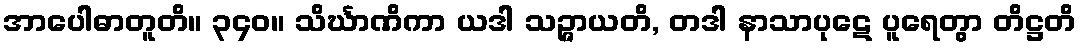
အာပေါဓာတူတိ။ ၃၄၀။ သိင်္ဃာဏိကာ ယဒါ သဉ္ဇာယတိ, တဒါ နာသာပုဋေ ပူရေတွာ တိဋ္ဌတိ